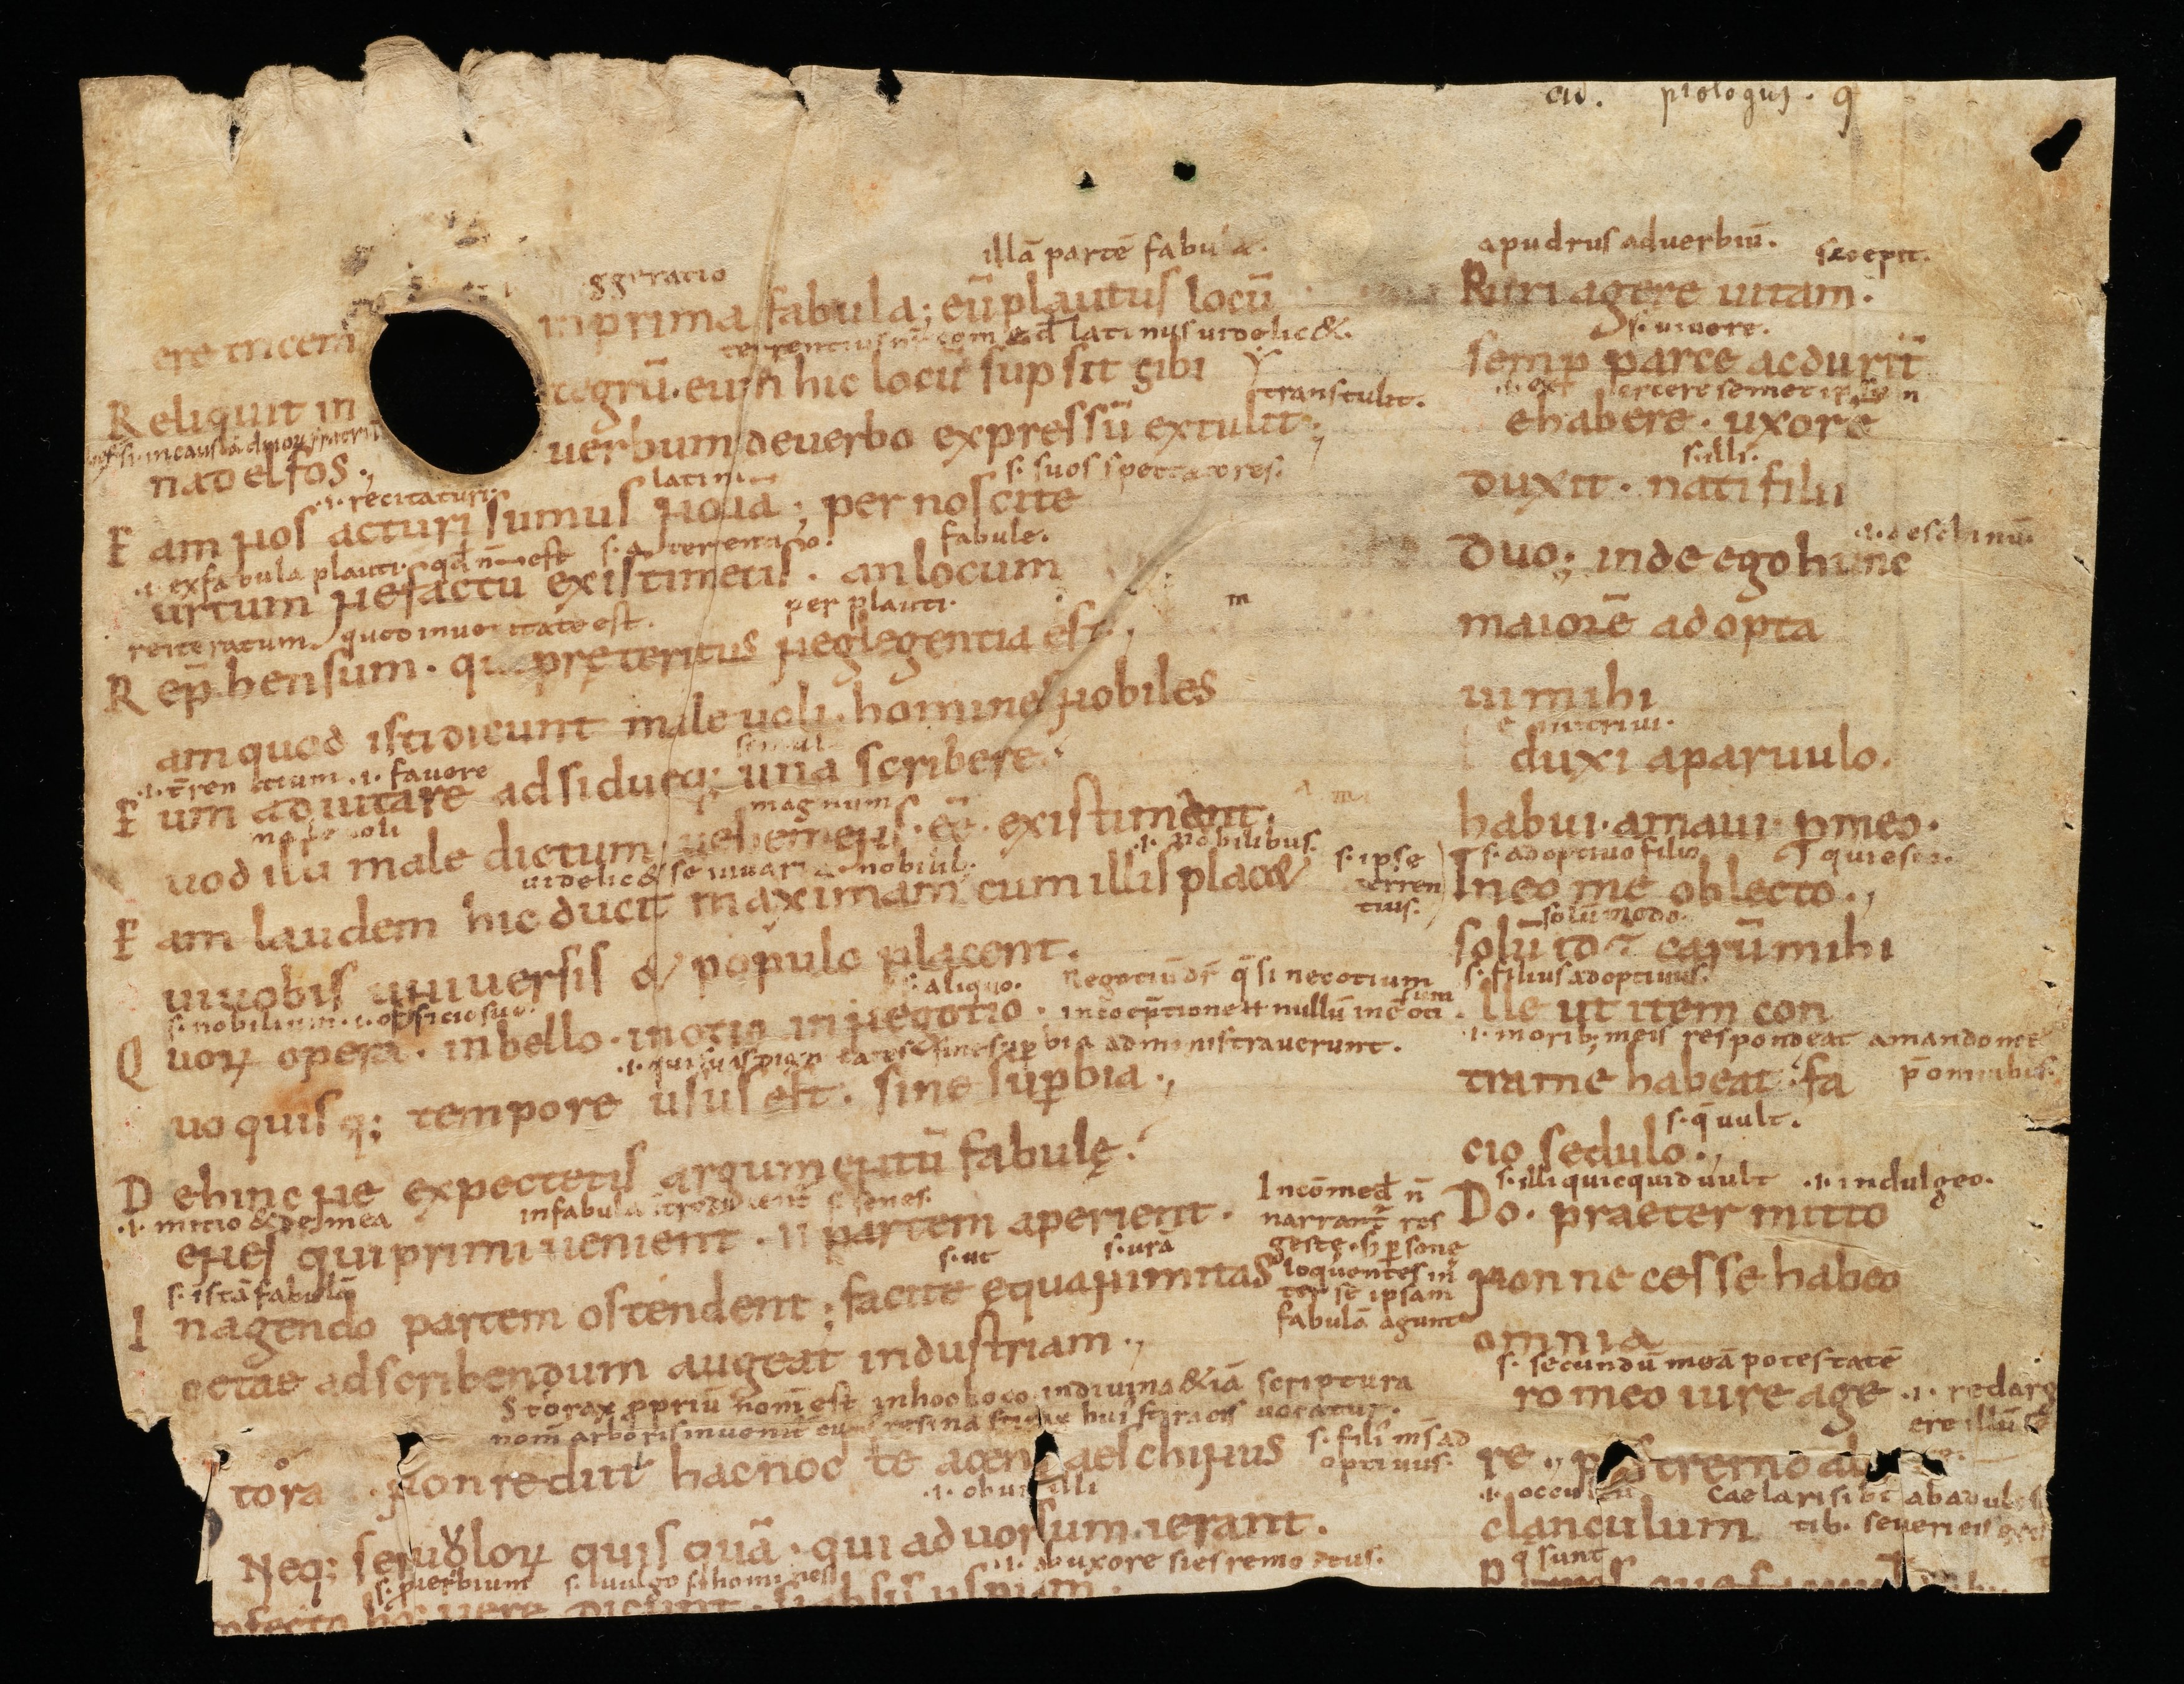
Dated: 950–999